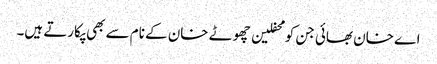
اے خان بھائی جن کو محفلین چھوٹے خان کے نام سے بھی پکارتے ہیں۔